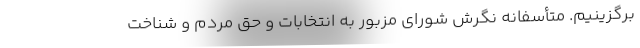
برگزینیم. متأسفانه نگرش شورای مزبور به انتخابات و حق مردم و شناخت